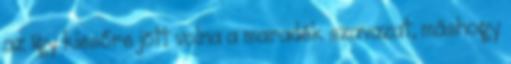
az így kiesőre jött volna a maradék szavazat, máshogy